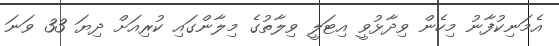
އެމަނިކުފާނު މިހެން ވިދާޅުވީ އިޓަލީ ވިލާތުގެ މިލާންގައި ކުރިއަށް ދިޔަ 33 ވަނަ